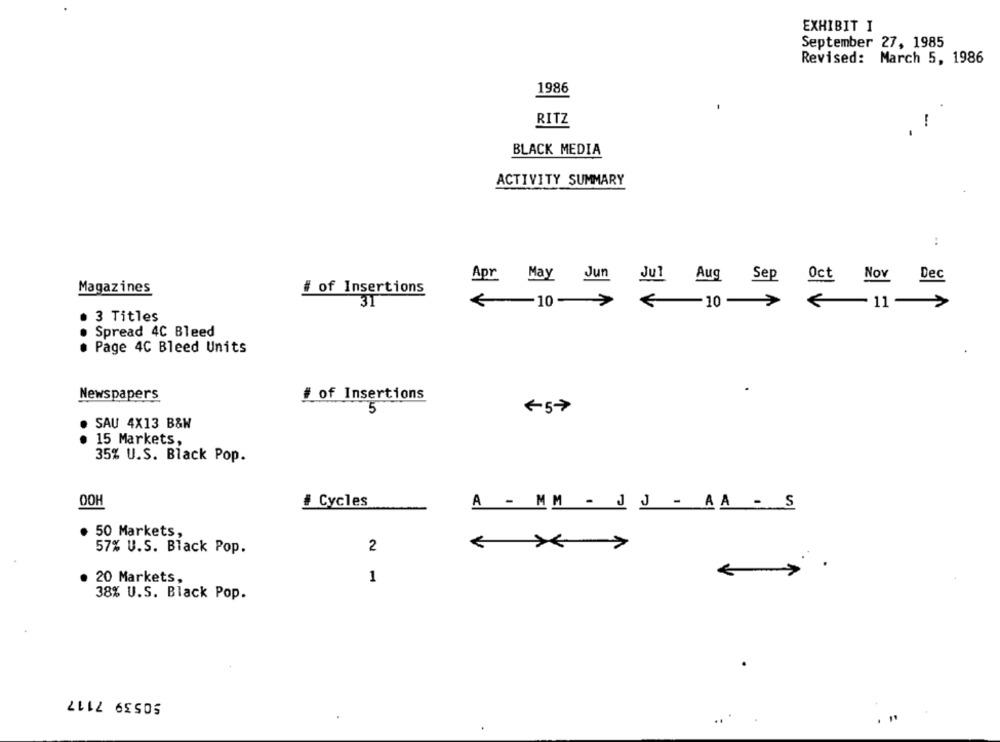
EXHIBIT I
September 27, 1985
Revised: March 5, 1986
1986
RITZ
-
BLACK MEDIA
ACTIVITY SUMMARY
:
Apr May Jun Jul Aug Sep Oct Nov
Dec
Magazines
# of Insertions
31
€ 10- >
< 10 ->
<11-›
3 Titles
Spread 4C Bleed
Page 4C Bleed Units
Newspapers
# of Insertions
5
+57
.
SAU 4X13 B&W
15 Markets,
35% U.S. Black Pop.
OOH
# Cycles
A - MM - J J - AA - S
50 Markets,
57% U.S. Black Pop.
2
< * >
20 Markets,
1
38% U.S. Black Pop.
50539 7117